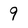
Character: 9